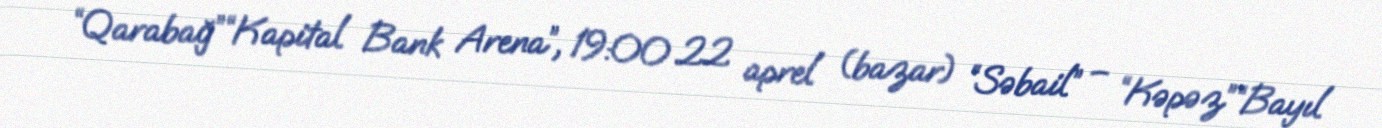
“Qarabağ”“Kapital Bank Arena”, 19:00 22 aprel (bazar) “Səbail” – “Kəpəz”“Bayıl